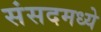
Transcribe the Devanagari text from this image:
संसदमध्ये